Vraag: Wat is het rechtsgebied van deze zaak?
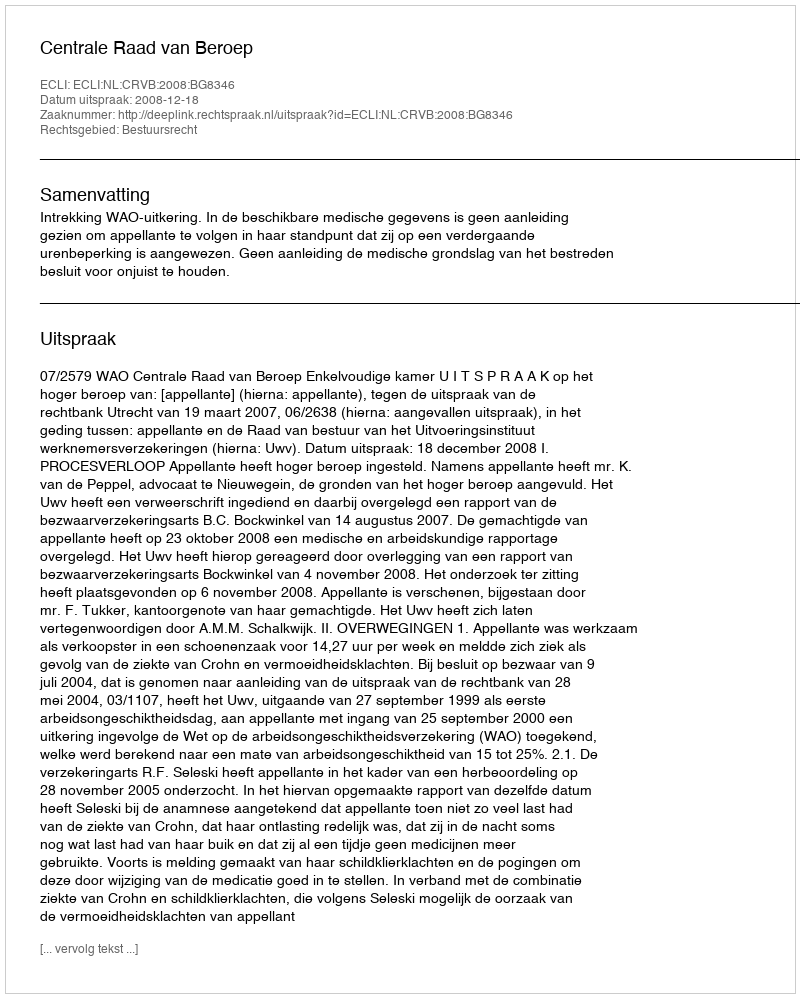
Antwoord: Bestuursrecht